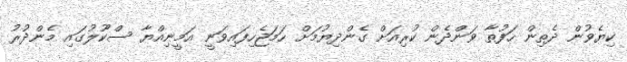
ކިޔެވުން ދެތިން ހަފުތާ ވަންދެން ކުރިއަށް ގެންދިޔުމަށް ހަމަޖެހިފައިވަނީ އަމީނިއްޔާ ސްކޫލުގައި މެންދުރު